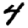
Digit: 4